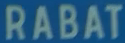
RABAT